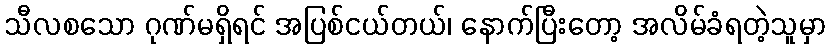
သီလစသော ဂုဏ်မရှိရင် အပြစ်ငယ်တယ်၊ နောက်ပြီးတော့ အလိမ်ခံရတဲ့သူမှာ